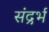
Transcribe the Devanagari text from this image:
संद्रर्भ